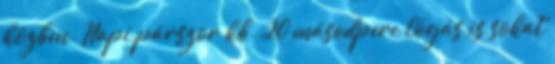
közben. Napi párszor kb. 20 másodperc lógás is sokat